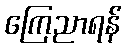
ကြေညာရန်